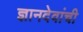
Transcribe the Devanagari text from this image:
ज्ञानदेवांची